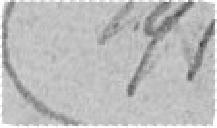
191